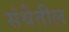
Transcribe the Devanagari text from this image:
संथेतील